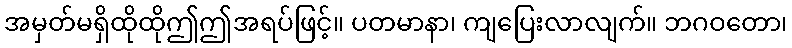
အမှတ်မရှိထိုထိုဤဤအရပ်ဖြင့်။ ပတမာနာ၊ ကျပြေးလာလျက်။ ဘဂဝတော၊